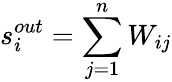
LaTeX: s_{i}^{out}=\sum_{j=1}^{n}W_{ij}